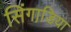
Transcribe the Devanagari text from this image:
सिंगाडि़या